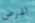
للمرض